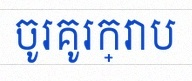
ចូរគូរក្រាប